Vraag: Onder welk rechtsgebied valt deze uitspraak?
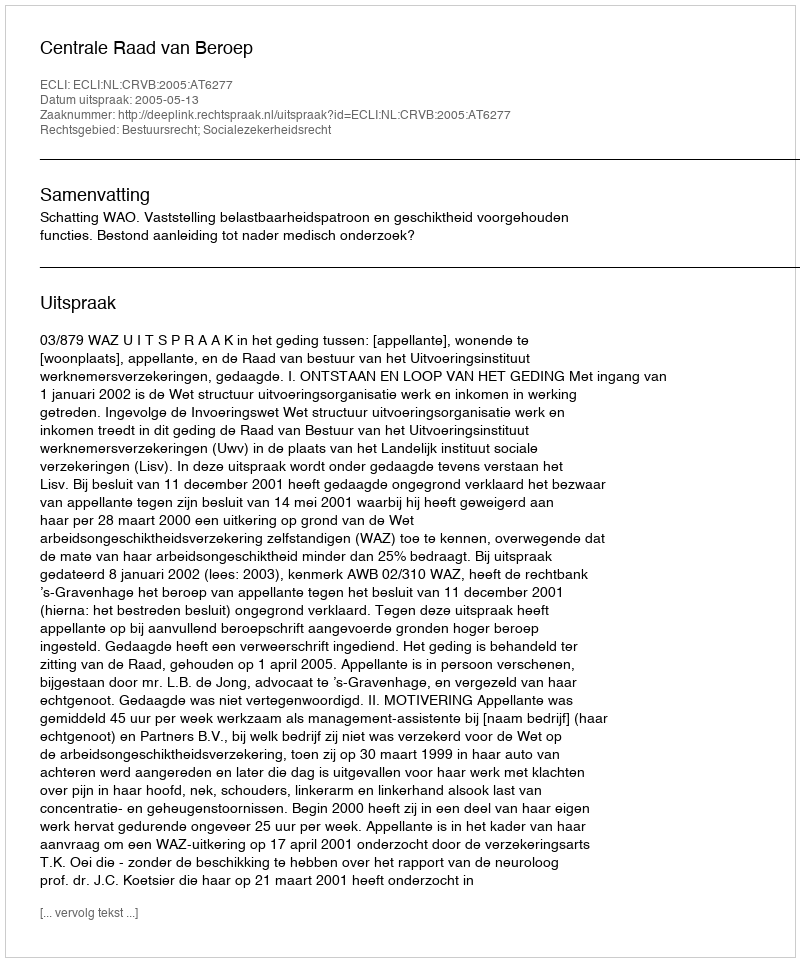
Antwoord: Bestuursrecht; Socialezekerheidsrecht